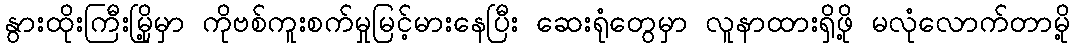
နွားထိုးကြီးမြို့မှာ ကိုဗစ်ကူးစက်မှုမြင့်မားနေပြီး ဆေးရုံတွေမှာ လူနာထားရှိဖို့ မလုံလောက်တာမို့